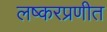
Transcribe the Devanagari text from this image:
लष्करप्रणीत